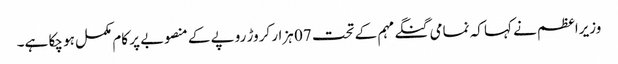
وزیراعظم نے کہا کہ نمامی گنگے مہم کے تحت 07 ہزار کروڑ روپے کے منصوبے پر کام مکمل ہو چکا ہے۔